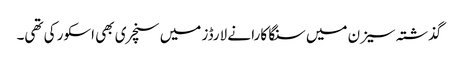
گذشتہ سیزن میں سنگا کارا نے لارڈز میں سنچری بھی اسکور کی تھی۔